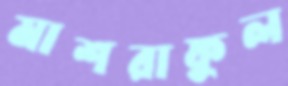
মাশরাফুল